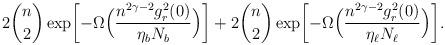
LaTeX: \begin{align*}2\binom{n}{2}\exp\biggl[- \Omega\Bigl( \frac{n^{2\gamma-2}g_r^2(0)}{\eta_{b}N_{b}}\Bigr)\biggr]+2\binom{n}{2} \exp\biggl[- \Omega\Bigl( \frac{n^{2\gamma-2}g_r^2(0)}{\eta_{\ell} N_{\ell}}\Bigr)\biggr].\end{align*}